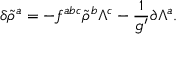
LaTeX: \delta \tilde { \rho } ^ { a } = - f ^ { a b c } \tilde { \rho } ^ { b } \Lambda ^ { c } - \frac { 1 } { g ^ { \prime } } \partial \Lambda ^ { a } .